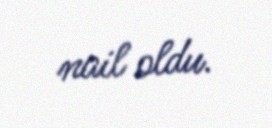
nail oldu.